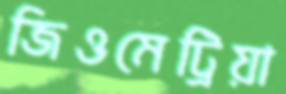
জিওমেট্রিয়া